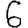
Digit: 6